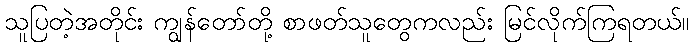
သူပြတဲ့အတိုင်း ကျွန်တော်တို့ စာဖတ်သူတွေကလည်း မြင်လိုက်ကြရတယ်။